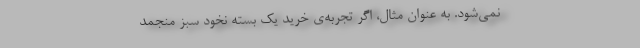
نمی‌شود. به عنوان مثال، اگر تجربه‌ی خریدِ یک بسته نخود سبزِ منجمدِ